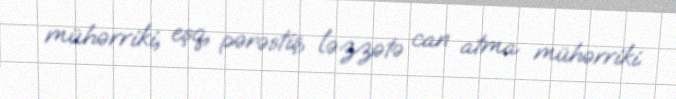
mühərriki, eşq, pərəstiş, ləzzətə can atma mühərriki.